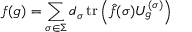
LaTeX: f ( g ) = \sum _ { \sigma \in \Sigma } d _ { \sigma } \operatorname { t r } \left( { \hat { f } } ( \sigma ) U _ { g } ^ { ( \sigma ) } \right)